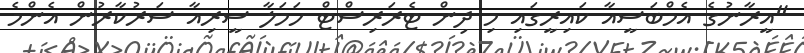
"އީރާނުގެ އެމްބަސީއާ ކައިރީގައި މި ދިން ޓެރަރިސްޓް ހަމަލާ ސީރިއާ ސަރުކާރުން އެންމެ